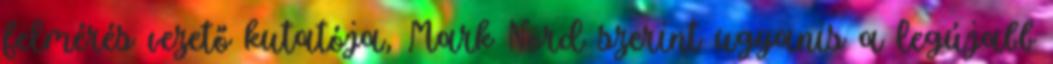
felmérés vezető kutatója, Mark Nord szerint ugyanis a legújabb